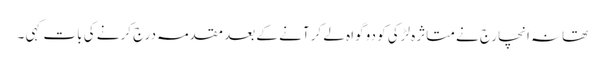
تھانہ انچارج نے متاثرہ لڑکی کو دو گواہ لے کر آنے کے بعد مقدمہ درج کرنے کی بات کہی ۔